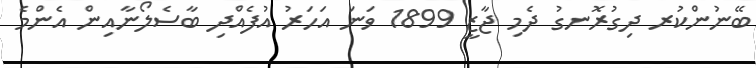
ބޭނުންކުރ ދިގުރޮނގު ދެމި ޖާޒީ 1899 ވަނަ އަހަރު އުފެއްދި ބާސެލޯނާއިން އެންމެ